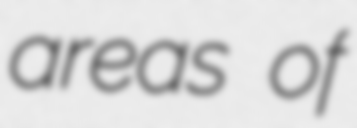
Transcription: areas of